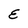
Character: E